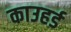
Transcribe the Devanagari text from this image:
काउहर्ड